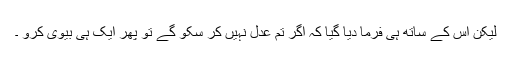
لیکن اس کے ساتھ ہی فرما دیا گیا کہ اگر تم عدل نہیں کر سکو گے تو پھر ایک ہی بیوی کرو ۔